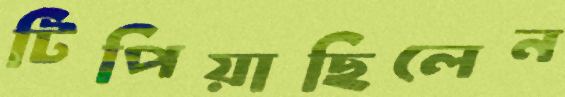
টিপিয়াছিলেন